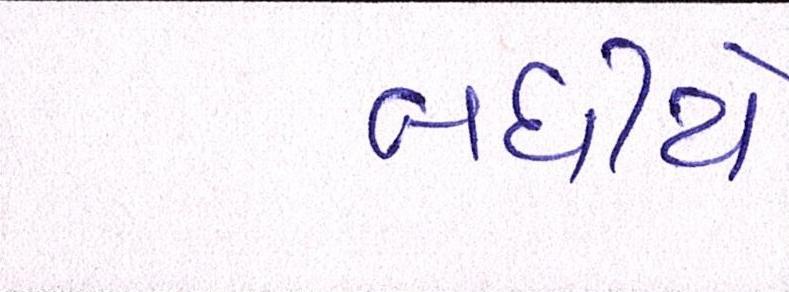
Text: બધીયે